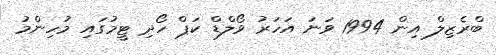
ބްރެޒިލް އިން 1994 ވަނަ އަހަރު ވޯލްޑް ކަޕް ހޯދި ޓީމުގައި މުހިންމު